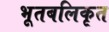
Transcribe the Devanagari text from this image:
भूतबलिकृत